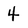
Character: 4